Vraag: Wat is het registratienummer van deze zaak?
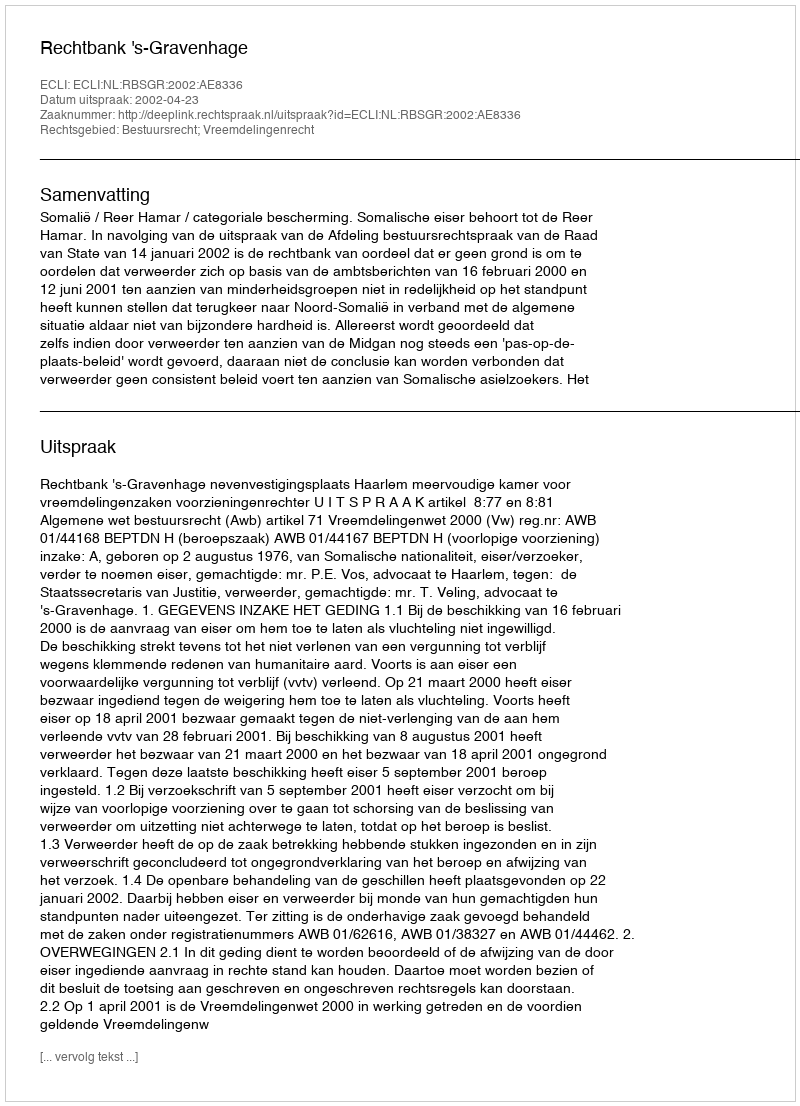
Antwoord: http://deeplink.rechtspraak.nl/uitspraak?id=ECLI:NL:RBSGR:2002:AE8336